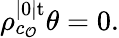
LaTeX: \rho_{c_{\mathcal{O}}}^{|0|\mathrm{{t}}}\theta=0.